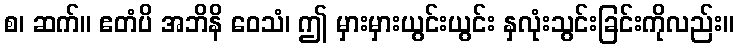
စ၊ ဆက်။ ဧတံပိ အဘိနိ ဝေသံ၊ ဤ မှားမှားယွင်းယွင်း နှလုံးသွင်းခြင်းကိုလည်း။